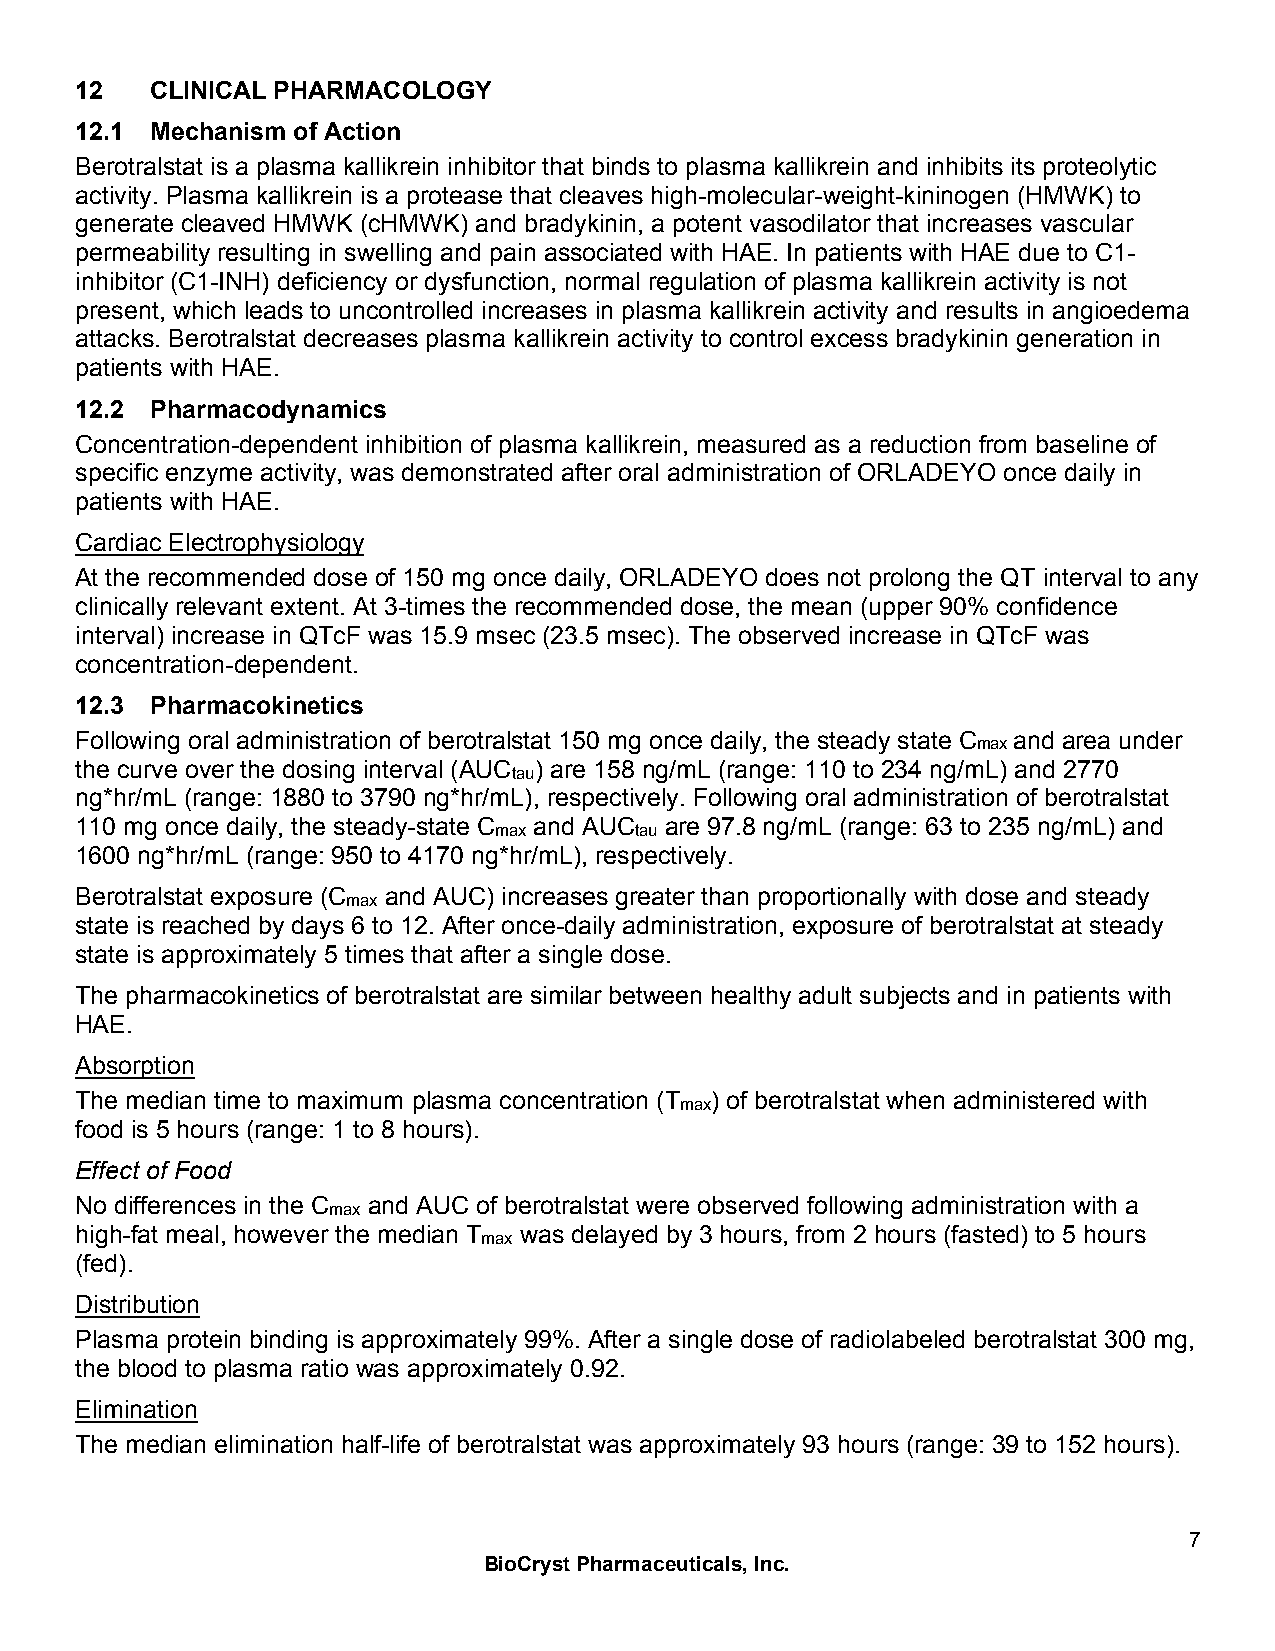
12   CLINICAL PHARMACOLOGY
 12.1 Mechanism of Action
 Berotralstat is a plasma kallikrein inhibitor that binds to plasma kallikrein and inhibits its proteolytic
 activity. Plasma kallikrein is a protease that cleaves high-molecular-weight-kininogen (HMWK) to
 generate cleaved HMWK (cHMWK) and bradykinin, a potent vasodilator that increases vascular
 permeability resulting in swelling and pain associated with HAE. In patients with HAE due to C1-
 inhibitor (C1-INH) deficiency or dysfunction, normal regulation of plasma kallikrein activity is not
 present, which leads to uncontrolled increases in plasma kallikrein activity and results in angioedema
 attacks. Berotralstat decreases plasma kallikrein activity to control excess bradykinin generation in
 patients with HAE.
 12.2 Pharmacodynamics
 Concentration-dependent inhibition of plasma kallikrein, measured as a reduction from baseline of
 specific enzyme activity, was demonstrated after oral administration of ORLADEYO once daily in
 patients with HAE.
 Cardiac Electrophysiology
 At the recommended dose of 150 mg once daily, ORLADEYO does not prolong the QT interval to any
 clinically relevant extent. At 3-times the recommended dose, the mean (upper 90% confidence
 interval) increase in QTcF was 15.9 msec (23.5 msec). The observed increase in QTcF was
 concentration-dependent.
 12.3 Pharmacokinetics
 Following oral administration of berotralstat 150 mg once daily, the steady state Cmax and area under
 the curve over the dosing interval (AUC ) are 158 ng/mL (range: 110 to 234 ng/mL) and 2770
 tau
 ng*hr/mL (range: 1880 to 3790 ng*hr/mL), respectively. Following oral administration of berotralstat
 110 mg once daily, the steady-state C and AUC are 97.8 ng/mL (range: 63 to 235 ng/mL) and
 max      tau
 1600 ng*hr/mL (range: 950 to 4170 ng*hr/mL), respectively.
 Berotralstat exposure (C and AUC) increases greater than proportionally with dose and steady
 max
 state is reached by days 6 to 12. After once-daily administration, exposure of berotralstat at steady
 state is approximately 5 times that after a single dose.
 The pharmacokinetics of berotralstat are similar between healthy adult subjects and in patients with
 HAE.
 Absorption
 The median time to maximum plasma concentration (T ) of berotralstat when administered with
 max
 food is 5 hours (range: 1 to 8 hours).
 Effect of Food
 No differences in the C and AUC of berotralstat were observed following administration with a
 max
 high-fat meal, however the median T was delayed by 3 hours, from 2 hours (fasted) to 5 hours
 max
 (fed).
 Distribution
 Plasma protein binding is approximately 99%. After a single dose of radiolabeled berotralstat 300 mg,
 the blood to plasma ratio was approximately 0.92.
 Elimination
 The median elimination half-life of berotralstat was approximately 93 hours (range: 39 to 152 hours).
 7
 BioCryst Pharmaceuticals, Inc.